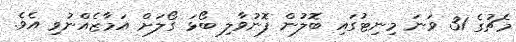
މެޗުގެ 31 ވަނަ މިނިޓުގައި ބޮލުން ފޮނުވާލި ބޯޅަ ގޯލަށް އަމާޒެއްނުވި އެވެ.